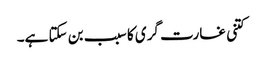
کتنی غارت گری کا سبب بن سکتا ہے۔